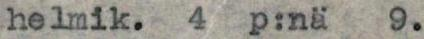
helmik. 4 p:nä 9.